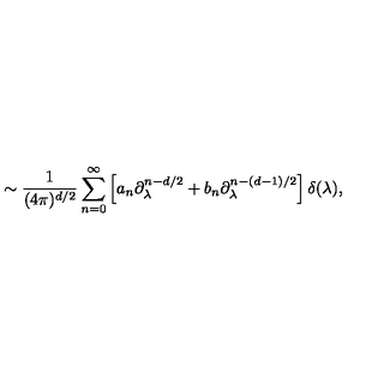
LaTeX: \sim { \frac { 1 } { ( 4 \pi ) ^ { d / 2 } } } \sum _ { n = 0 } ^ { \infty } \left[ a _ { n } \partial _ { \lambda } ^ { n - d / 2 } + b _ { n } \partial _ { \lambda } ^ { n - ( d - 1 ) / 2 } \right] \delta ( \lambda ) ,